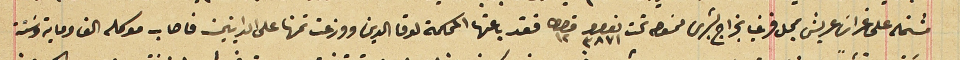
مشتمله على غراسَ عريش بمحل قرني بخراج بشرى ممسَوحه تحت نمرو ٣٨٧١ قيراط ١٢  فقد باعتها المحكمة لوفا الدين ووزعت تمنها على الداينين فاصاب موكله الف وماية وسَتة